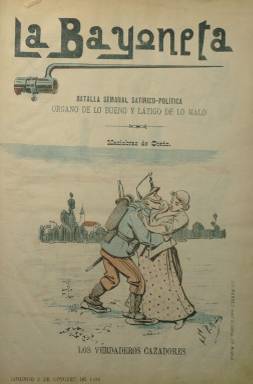
Título: La Bayoneta (Madrid)
Colección: Revistas satíricas y humorísticas
Ámbito geográfico: Madrid
Lugar de publicación: Madrid
Fechas: 02/10/1892-18/12/1892

Con el subtítulo” “batalla semanal satírico-política: órgano de los bueno y látigo de lo malo”, forma parte del grupo de decenas de periódicos de carácter humorístico e ilustrado de corta vida, que, con chistes gráficos y “monos”, fueron publicados durante las últimas décadas del siglo diecinueve. En este caso, La Bayoneta publicó, desde el 25 de septiembre al 18 de diciembre de 1892, sólo trece entregas, de ocho páginas cada una, con la primera y las centrales estampadas a varias tintas. Salía de la Litografía de Méndez. Se dedicó preferentemente a prestarle atención con sus chistes y caricaturas al estamento militar, y adopta diferentes precios para sus suscriptores, según fueran jefes u oficiales militares, individuos de tropa o civiles. Compuestas sus páginas a tres columnas, inserta también textos humorísticos, que en su sección La semana en campaña son sueltos breves. También tiene una sección de crónicas de Teatros y, además de a asuntos sociales y de costumbres, dedica asimismo atención a los políticos. Se congratuló (número 12) por el ascenso del general Francisco Borrero y Limón (1840-1908), al que le pidió que actuara políticamente, en un año en el que , junto a Cánovas del Castillo, este militar fraguó una conspiración contra la regente María Cristina. Se desconoce a los artífices de este semanario, en el que aparecen como firmas los seudónimos Porras, Palha, Bomba, Pito o El Cadete.